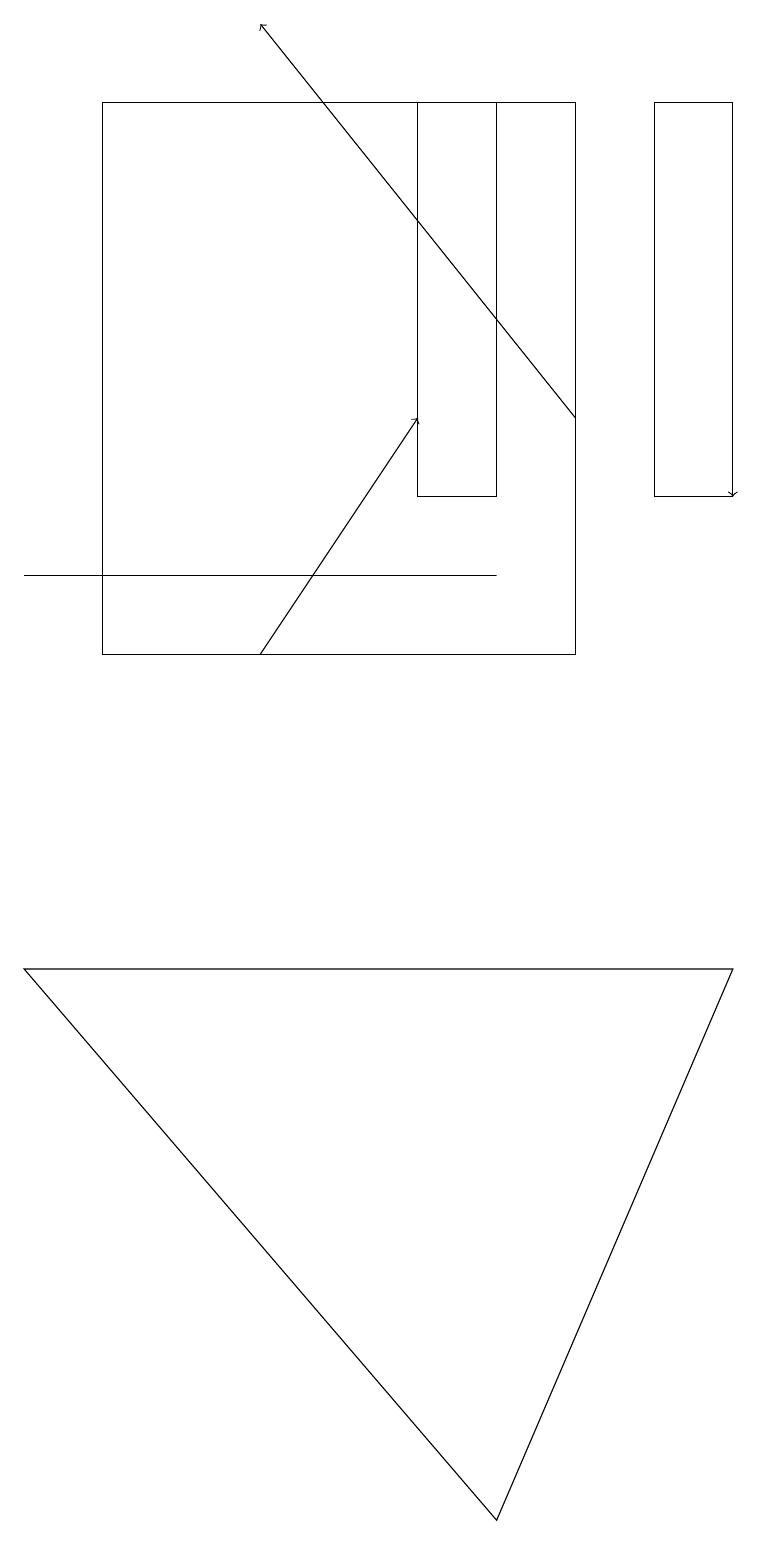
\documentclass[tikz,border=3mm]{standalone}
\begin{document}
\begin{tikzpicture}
\draw[->] (3,11) -- (5,14);
\draw (0,12) rectangle (6,12);
\draw[->] (7,14) -- (3,19);
\draw[->] (9,18) -- (9,13);
\draw (6,13) rectangle (5,18);
\draw (8,13) rectangle (9,18);
\draw (6,0) -- (0,7) -- (9,7) -- cycle;
\draw (7,11) rectangle (1,18);
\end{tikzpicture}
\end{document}